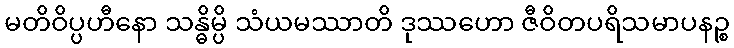
မတိဝိပ္ပဟီနော သန္ဓိမ္ပိ သံယမဿာတိ ဒုဿဟော ဇီဝိတပရိသမာပနဉ္စ